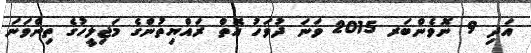
އަދި 9 ނޮވެންބަރ 2015 ވަނަ ދުވަހު އޮތް ރައްޔިތުންގެ މަޖިލީހުގެ ތިންވަނަ